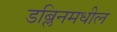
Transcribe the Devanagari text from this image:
डब्लिनमधील